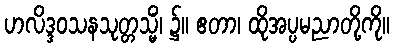
ဟလိဒ္ဒဝသနသုတ္တသ္မိံ၊ ၌။ ဧတာ၊ ထိုအပ္ပမညာတို့ကို။